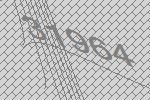
31964